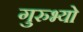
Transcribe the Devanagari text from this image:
गुरुभ्यो